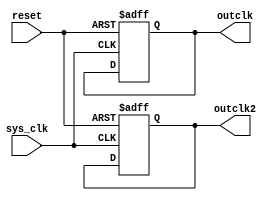
module uart_divider
	#(parameter COUNT = 0, CLK2_MUL = 5)
	(input sys_clk,
	 input reset,
	 output reg outclk,
	 output reg outclk2);
	 
	 
	// COUNT values:
	//   2.88MHz:
	//      Input @ 144MHz, COUNT = 25
	//   576kHz:
	//      Input @ 144MHz, COUNT = 125
	//   115.2kHz:
	//      Input @ 28.8MHz, COUNT = 125
	//      Input @ 144MHz, COUNT = 625
	//   57.6kHz:
	//      Input @ 144MHz, COUNT = 1250
	// TODO test:
	//   Input @ 28.8MHz, Output @ 57.6kHz, COUNT = 250
	//   Input @ 28.8MHz, Output @ 28.8kHz, COUNT = 500
	//   Input @ 144MHz, Output @ 115.2kHz, COUNT = 625
	// TODO values:
	//   1200, 2400, 4800, 9600, 19200, 28800, 38400, 57600, and 115200.
	localparam BITS  = $clog2(COUNT);
	reg [(BITS-1):0] counter;
	
	always @(posedge sys_clk or posedge reset)
	begin
		if(reset) begin
			counter <= 'b0;
			outclk <= 'b0;
		end else begin
			if(counter == (COUNT - 1)) begin
				counter <= 'b0;
				outclk <= ~outclk;
			end else
				counter <= counter + 1'b1;
		end
	end

	// counter2 produces a clock that is a multiple of the uart clock.
	// this clock is used to oversample the rx line
	localparam COUNT2 = COUNT / CLK2_MUL;
	localparam BITS2 = $clog2(COUNT2);
	reg [(BITS2-1):0] counter2;
		
	always @(posedge sys_clk or posedge reset)
	begin
		if(reset) begin
			counter2 <= 'b0;
			outclk2 <= 'b0;
		end else begin
			if(counter2 == (COUNT2 - 1)) begin
				counter2 <= 'b0;
				outclk2 <= ~outclk2;
			end else
				counter2 <= counter2 + 1'b1;
		end
	end
		
endmodule